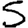
Digit: 5